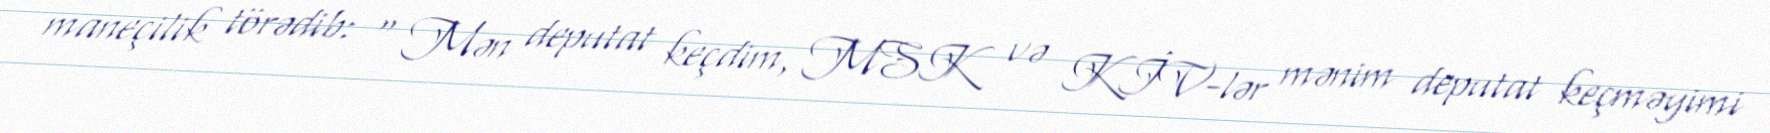
maneçilik törədib: “ Mən deputat keçdim, MSK və KİV-lər mənim deputat keçməyimi